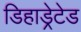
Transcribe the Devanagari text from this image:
डिहाड्रेटेड